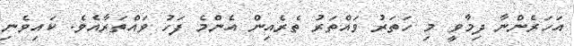
އަހަރެންނާ ދިމާވީ މި ހަތަރު ވައްތަރު ތެރެއިން އެންމެ ފަހު ވައްތަރާއެވެ. ކައިވެނި